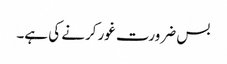
بس ضرورت غور کرنے کی ہے۔